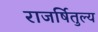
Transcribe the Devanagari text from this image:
राजर्षितुल्य